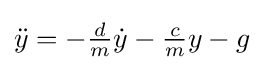
{\ddot {y}}=-{\tfrac {d}{m}}{\dot {y}}-{\tfrac {c}{m}}y-g